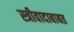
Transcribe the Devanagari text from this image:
स्त्रीवादाबाबत